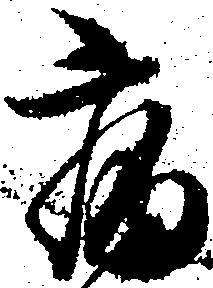
病